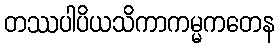
တဿပါပိယသိကာကမ္မကတေန